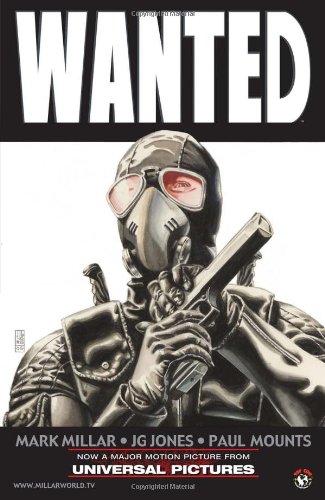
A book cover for Wanted; Mark Millar; Comics & Graphic Novels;